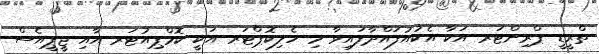
ތްރީޑީ ޕްރިންޓަރ އަކާ އެކުއުފައްދާފައިވާ މި ހެލިކޮޕްޓަރ އަކީ ކޮމްޕިއުޓަރ އާއި ޖީޕީއެސް